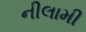
નીલામી